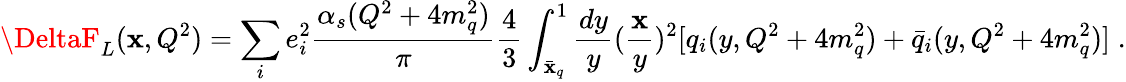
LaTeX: \DeltaF_{L}(\mathbf{x},Q^{2})=\sum_{i}e_{i}^{2}\frac{{\alpha_{s}(Q^{2}+4m_{q}^{2})}}{{\pi}}\frac{{4}}{{3}}\int_{\bar{{\mathbf{x}}}_{q}}^{1}\frac{{dy}}{{y}}(\frac{{\mathbf{x}}}{{y}})^{2}[q_{i}(y,Q^{2}+4m_{q}^{2})+\bar{{q}}_{i}(y,Q^{2}+4m_{q}^{2})]\; .